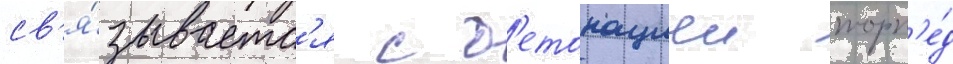
св'я́зываетс'я с д'етонациеи торп'е́д